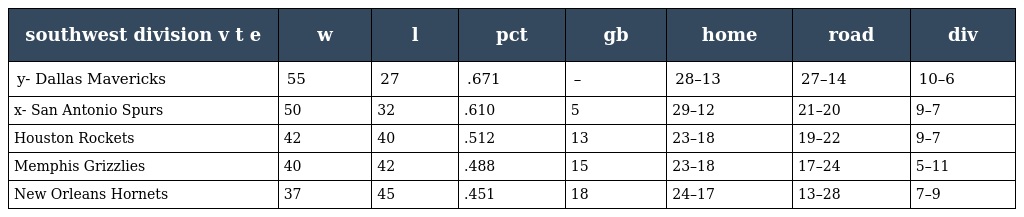
| southwest division v t e | w | l | pct | gb | home | road | div |
 | --- | --- | --- | --- | --- | --- | --- | --- |
 | y- Dallas Mavericks | 55 | 27 | .671 | – | 28–13 | 27–14 | 10–6 |
 | x- San Antonio Spurs | 50 | 32 | .610 | 5 | 29–12 | 21–20 | 9–7 |
 | Houston Rockets | 42 | 40 | .512 | 13 | 23–18 | 19–22 | 9–7 |
 | Memphis Grizzlies | 40 | 42 | .488 | 15 | 23–18 | 17–24 | 5–11 |
 | New Orleans Hornets | 37 | 45 | .451 | 18 | 24–17 | 13–28 | 7–9 |